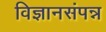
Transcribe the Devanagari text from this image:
विज्ञानसंपन्न